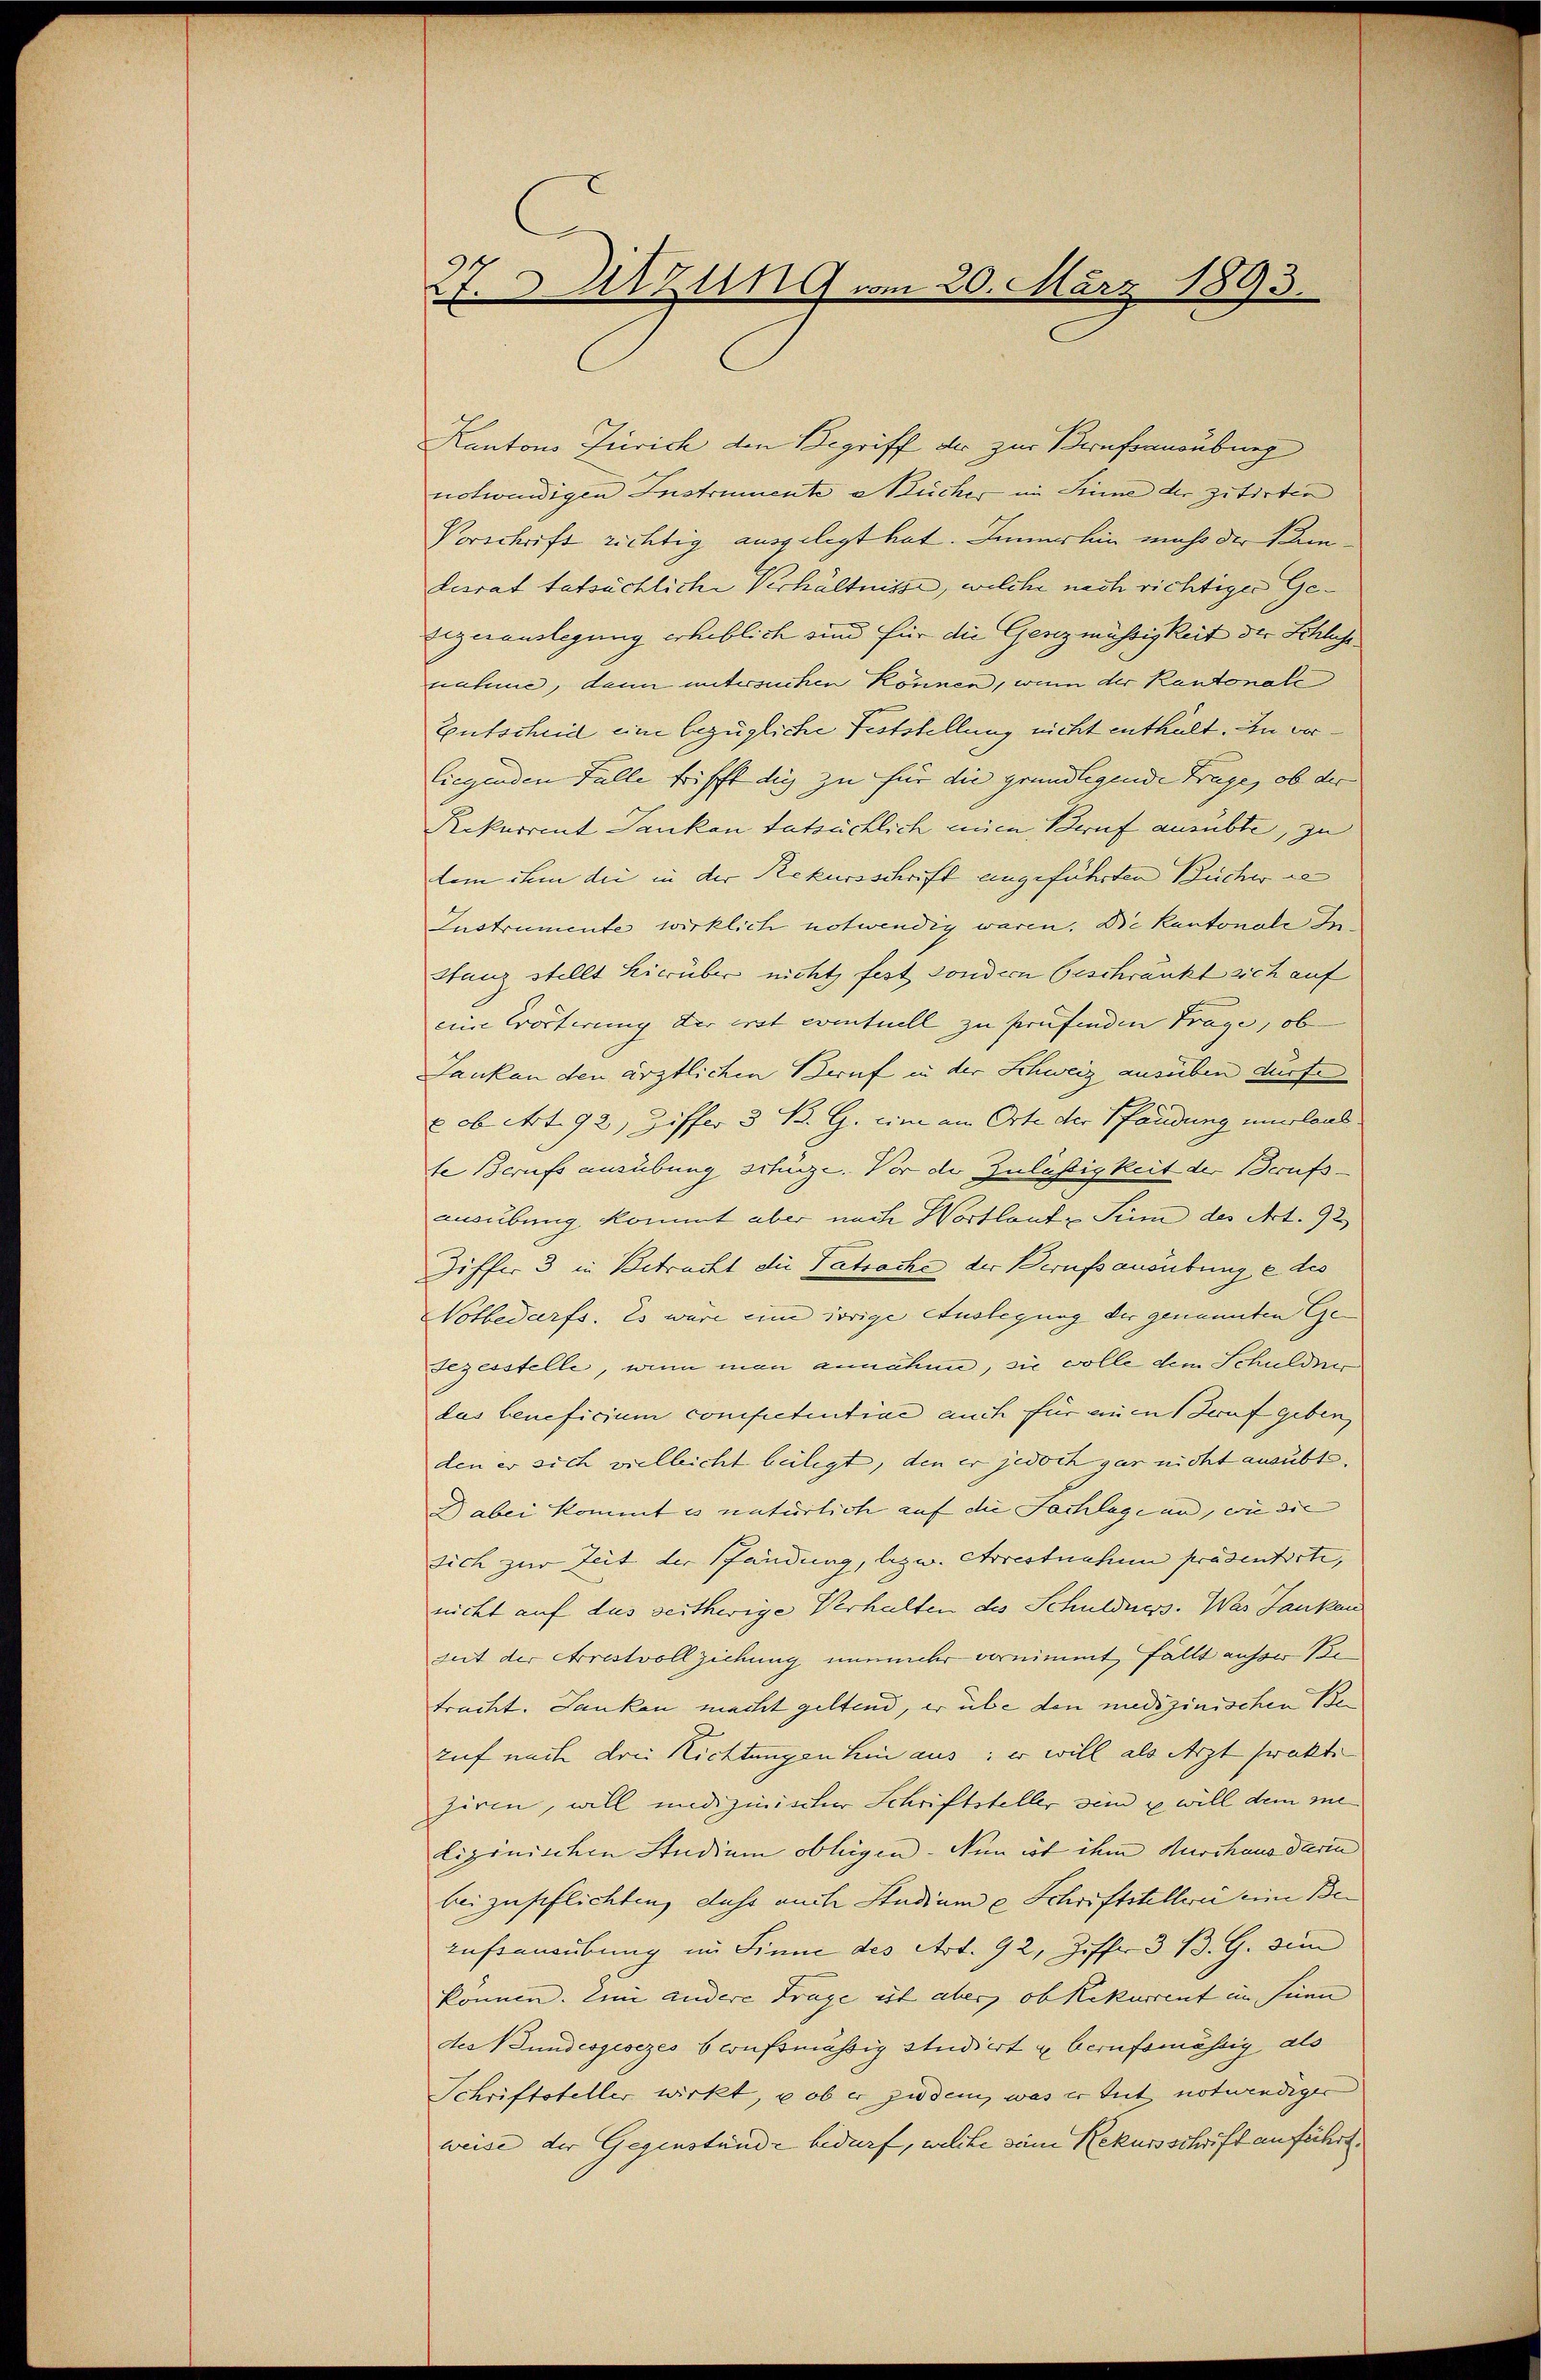
27. Sitzung vom 20. März 1893.

Kantons Zürich den Begriff der zur Berufsausübung
notwendigen Instrumente a Kücher im Sinne der zitirten
Vorschrift richtig ausgelegt hat. Innerhin macht der Bun¬
Lesrat tatsächliche Verhältnisse, welche nach richtiger Ge¬
Zigeiauslegung erheblich sind für die Genzmässigkeit der Schliche
nahme, dann untersuchen können, wenn der Kantonale
Entscheid eine bezügliche Feststellung nicht enthält. In verliegenden Falle trifft die zu für die grundlegende Trage, ob der
Rekurrent Danken tatsächlich mien Beruf ausübte, zu
lem ihm die in der Rekursschrift angeführten Bücher de
Instrumente wirklich notwendig waren. Die Kantonale In¬
Htanz stellt hierüber nicht fest sondern beschränkt sich auf
eine Erörterung der erst eventuell zu prüfenden Trage, ob
Janken den ärztlichen Beruf in der Schweiz ausüben dürfe
 ob. Art. 92, Ziffer 3 B. G. eine am Orte der Pfändung unerlaub.
te Berufs ausübung schüze. Vor der Zuläßigkeit der Berufs
ausübung kommt aber nach Wortlaut Sinn des Art. 92
Differ 3 in Betracht die Tatsache, der Berufsausübung e des
Notbedarfs. Es wäre um vorige Auslegung der genannten Ge- |
sezesstelle, wenn man annahme, sie wolle dem Schulden
das beneficium competentiae auch für einen Beruf geben,
den er sich vielleicht beiligt, den er jedoch gar nicht ausübte.
abei kommt es natürlich auf die Fachlage und, wie die
sich zur Zeit der Pfändung, bezw. Arrestnahmen präsentirte,
nicht auf das seitherige Verhalten des Schuldners. Was Danken
seit der Arrestvollziehung nunmehr vernimmt fällt aufs Be
tracht. Janken macht geltend, er übe den medizinischen Bezuf nach drei Richtungen hin aus: er will als Arzt frakti
ziren, will medizinischer Schriftsteller sind u will dem me
lizinischen Studium obliegen. Nun ist ihm durchaus darin
beizupflichten, dass auch Studium u Schriftstellerei eine Be¬
Anstenübung im Sinne des Art. 92, Ziffer 3 B. G. zum
können. Eine andere Frage ist aber, ob Rekurrent im seine
des Bundesgesezes berufsmäßig studiert u berufsmässig als
Schriftsteller wirkt, u ob er jedem, was er tut notwendiger
weise der Gegenstände bedarf, welche seine Rekursschrift anführt.